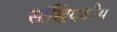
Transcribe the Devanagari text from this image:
सांखियकीय